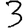
Digit: 3